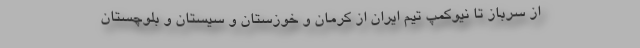
از سرباز تا نيوكمپ تيم ايران از كرمان و خوزستان و سيستان و بلوچستان